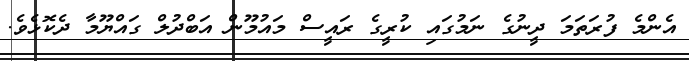
އެންމެ ފުރަތަމަ ދީނުގެ ނަމުގައި ކުރީގެ ރައީސް މައުމޫން އަބްދުލް ގައްޔޫމާ ދެކޮޅެވެ.